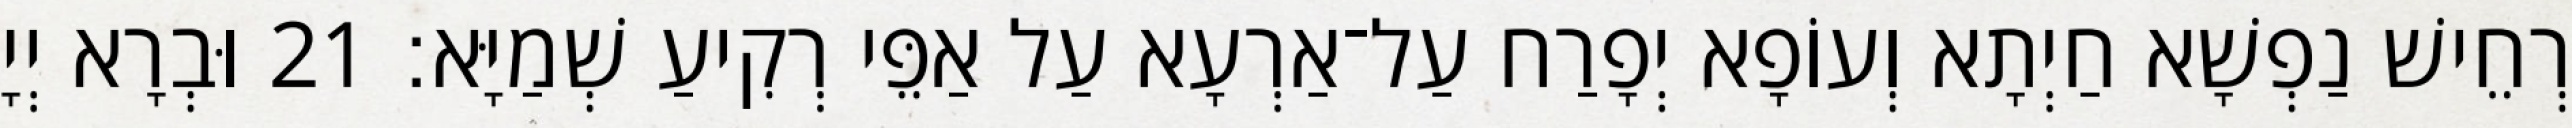
רְחֵישׁ נַפְשָׁא חַיְתָא וְעוֹפָא יְפָרַח עַל־אַרְעָא עַל אַפֵּי רְקִיעַ שְׁמַיָּא׃ 21 וּבְרָא יְיָ